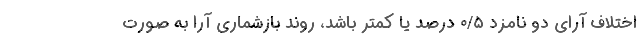
اختلاف آرای دو نامزد ۰/۵ درصد یا کمتر باشد، روند بازشماری آرا به صورت